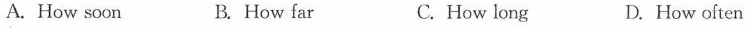
A. How soon B. How far C. How long D. How often